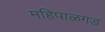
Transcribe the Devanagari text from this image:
महिपाळगड